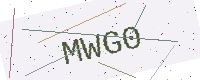
Text: MWG0